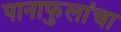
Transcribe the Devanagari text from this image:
पानाफुलांचा